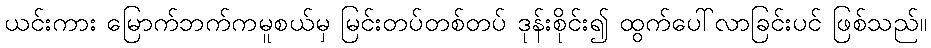
ယင်းကား မြောက်ဘက်ကမူစယ်မှ မြင်းတပ်တစ်တပ် ဒုန်းစိုင်း၍ ထွက်ပေါ်လာခြင်းပင် ဖြစ်သည်။